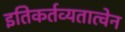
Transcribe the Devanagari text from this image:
इतिकर्तव्यतात्वेन